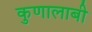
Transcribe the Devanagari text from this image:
कुणालाबी